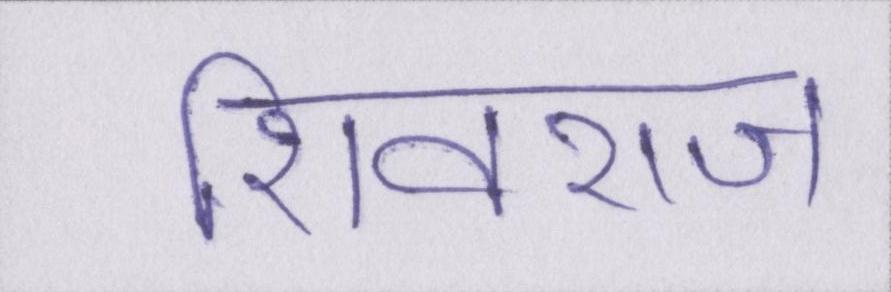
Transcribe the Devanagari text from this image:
शिवराज